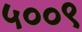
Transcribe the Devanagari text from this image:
५००९